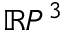
\mathbb { R } P ^ { 3 }